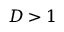
D > 1